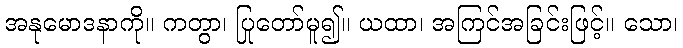
အနုမောဒနာကို။ ကတွာ၊ ပြုတော်မူ၍။ ယထာ၊ အကြင်အခြင်းဖြင့်။ သော၊